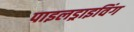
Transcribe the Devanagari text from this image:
पाइलड्राइविंग